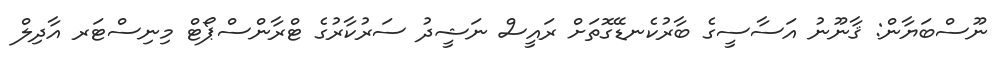
ނޫސްބަޔާން: ޤާނޫނު އަސާސީގެ ބާރުކެނޑޭގޮތަށް ރައީސް ނަޝީދު ސަރުކާރުގެ ޓްރާންސްޕޯޓް މިނިސްޓަރ އާދިލް